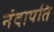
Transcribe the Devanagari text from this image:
नंदापति